DOW-UAP-D49, Launch Summary, Vandenberg AFB, 2000
Agency: Department of War
Incident date: 2/3/00
Page 24
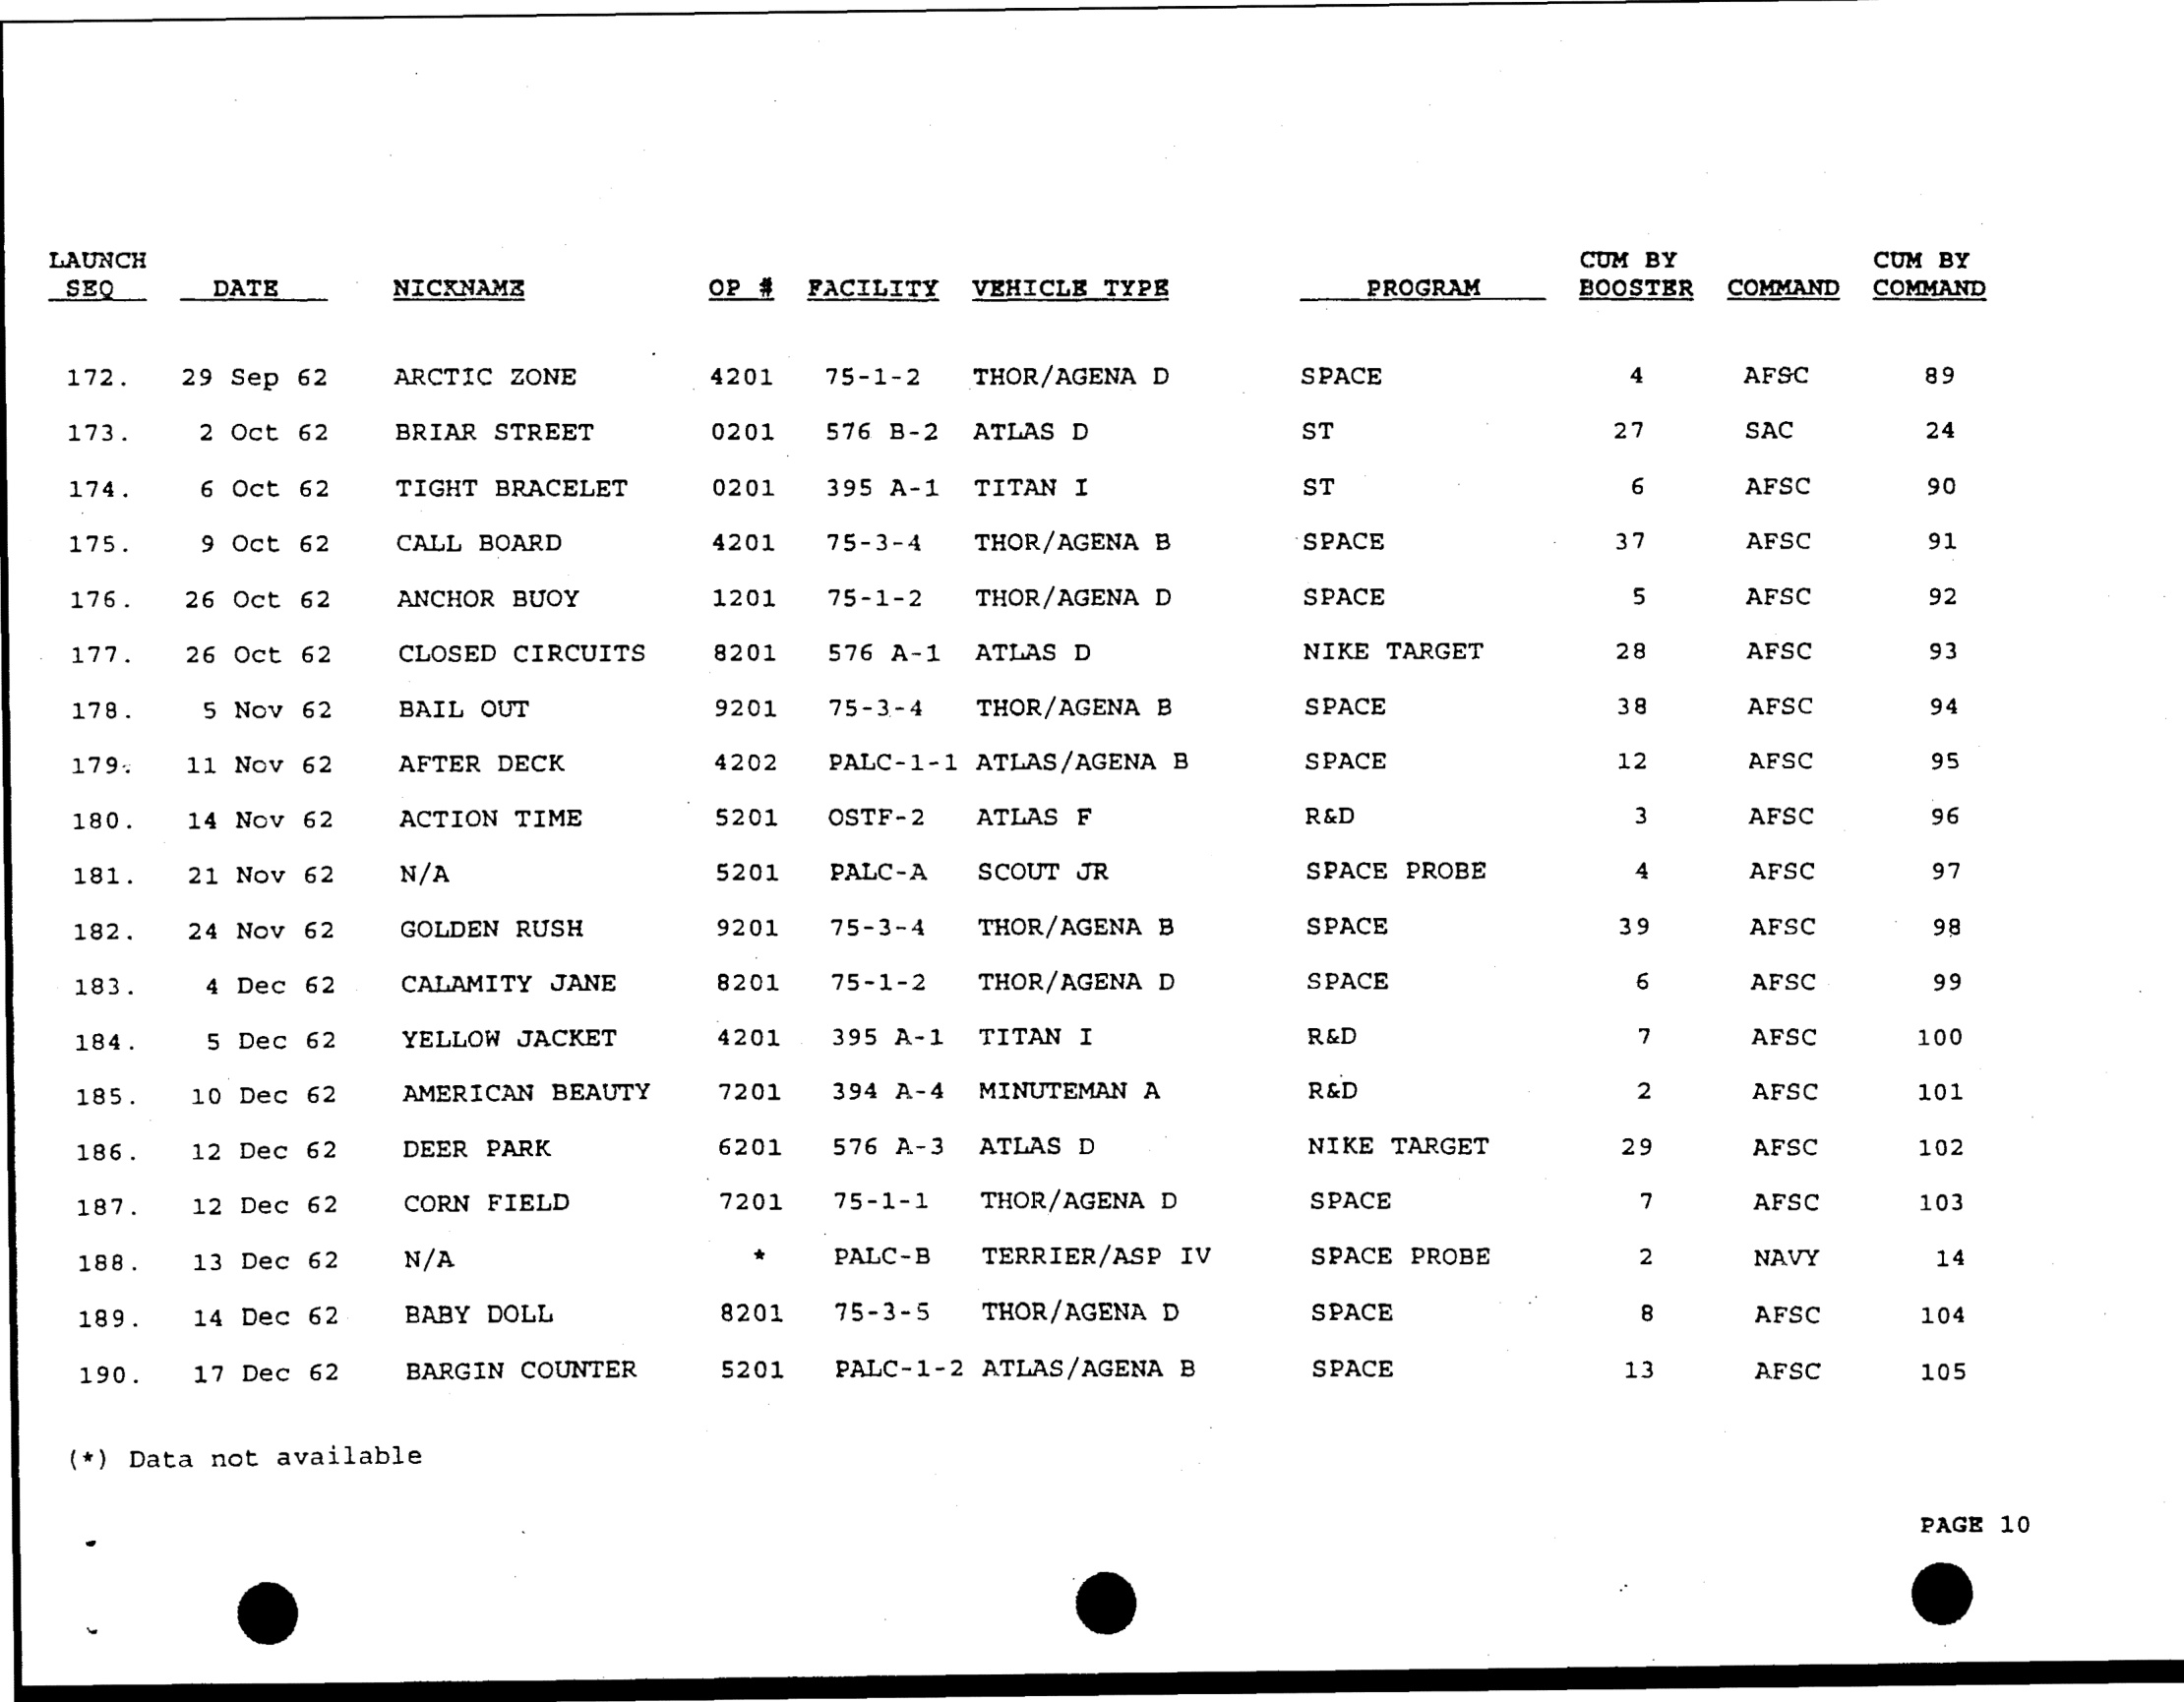